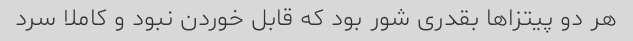
هر دو پیتزا‌ها بقدری شور بود که قابل خوردن نبود و کاملا سرد